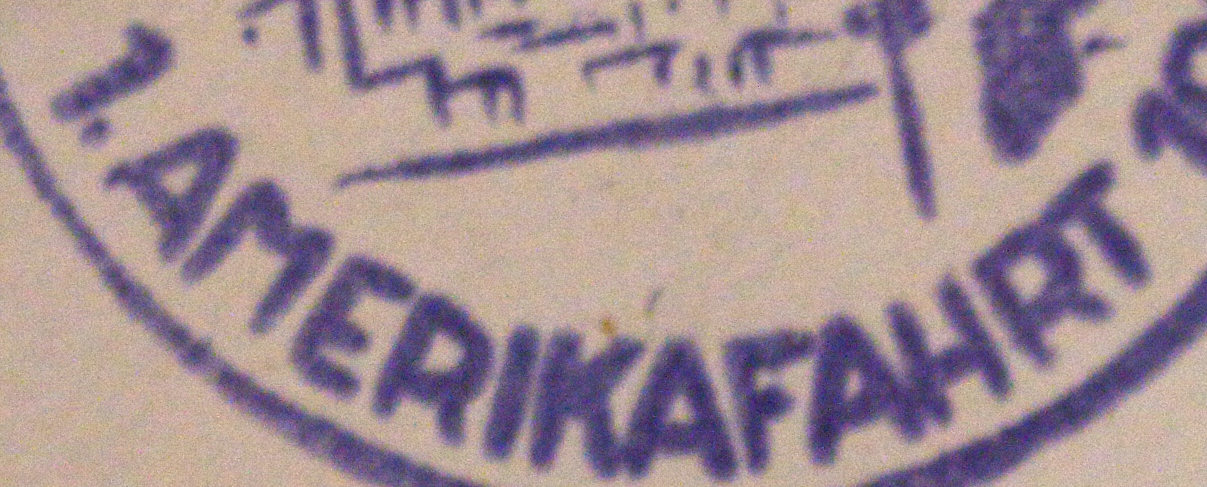
1.AMERIKAFAHRT